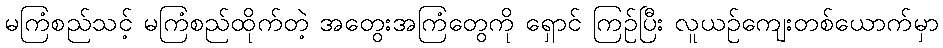
မကြံစည်သင့် မကြံစည်ထိုက်တဲ့ အတွေးအကြံတွေကို ရှောင် ကြဉ်ပြီး လူယဉ်ကျေးတစ်ယောက်မှာ